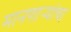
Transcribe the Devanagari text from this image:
मानणार्‍यांचा